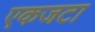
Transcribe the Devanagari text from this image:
एकजटा